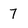
Character: 7